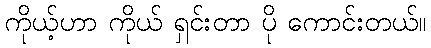
ကိုယ့်ဟာ ကိုယ် ရှင်းတာ ပို ကောင်းတယ်။